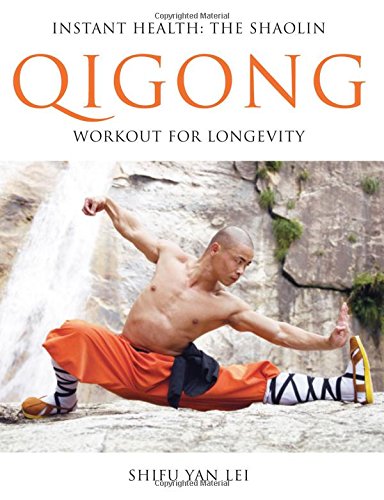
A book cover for Instant Health: The Shaolin Qigong Workout For Longevity; Shifu Yan Lei; Health, Fitness & Dieting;